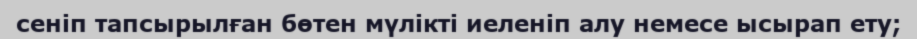
сеніп тапсырылған бөтен мүлікті иеленіп алу немесе ысырап ету;